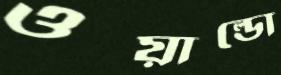
ওয়াল্ডো